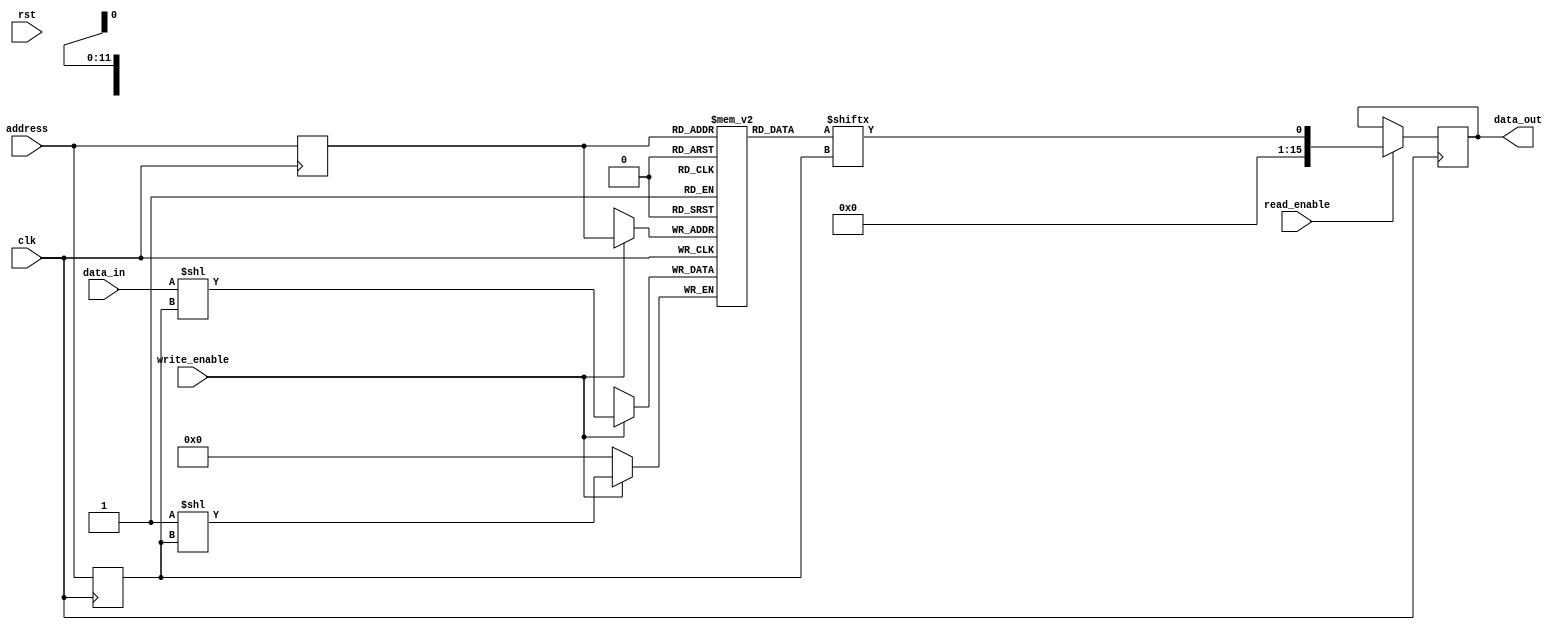
module sdram(
    input wire clk,            // Clock signal
    input wire rst,            // Reset signal
    input wire [11:0] address, // Address input
    input wire write_enable,   // Write enable signal
    input wire read_enable,    // Read enable signal
    input wire [15:0] data_in,  // Data input
    output reg [15:0] data_out  // Data output
);

reg [15:0] memory [0:4095];   // Memory array with 4096 locations

// Address decoding
reg [11:0] row_address;
reg [11:0] column_address;

always @ (posedge clk) begin
    row_address <= address[11:0];
    column_address <= address[11:0];
end

// Read and write operations
always @ (posedge clk) begin
    if(write_enable) begin
        memory[row_address][column_address] <= data_in;
    end
    if(read_enable) begin
        data_out <= memory[row_address][column_address];
    end
end

// State machine for SDRAM operations (not shown in detail)

endmodule